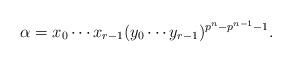
LaTeX: \begin{align*} \alpha = x_0\cdots x_{r-1}(y_0\cdots y_{r-1})^{p^n-p^{n-1}-1}. \end{align*}